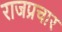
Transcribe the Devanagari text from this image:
राजप्रचार